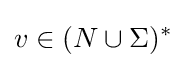
v\in (N\cup \Sigma )^{*}